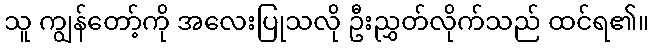
သူ ကျွန်တော့်ကို အလေးပြုသလို ဦးညွှတ်လိုက်သည် ထင်ရ၏။